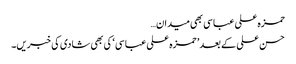
حمزہ علی عباسی بھی میدان…
حسن علی کے بعد ’ حمزہ علی عباسی ‘ کی بھی شادی کی خبریں۔